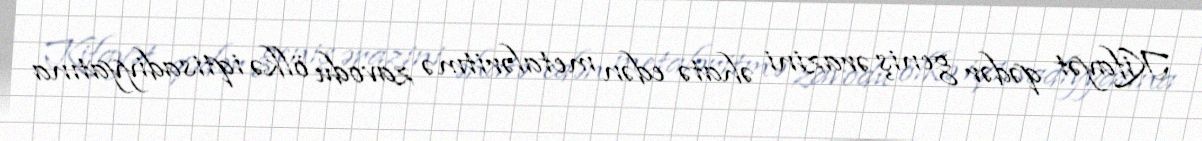
Kifayət qədər geniş ərazini əhatə edən metaləritmə zavodu ölkə iqtisadiyyatına